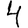
Digit: 4